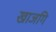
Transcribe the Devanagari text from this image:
खाजगि